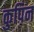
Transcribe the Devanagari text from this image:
कुपिन